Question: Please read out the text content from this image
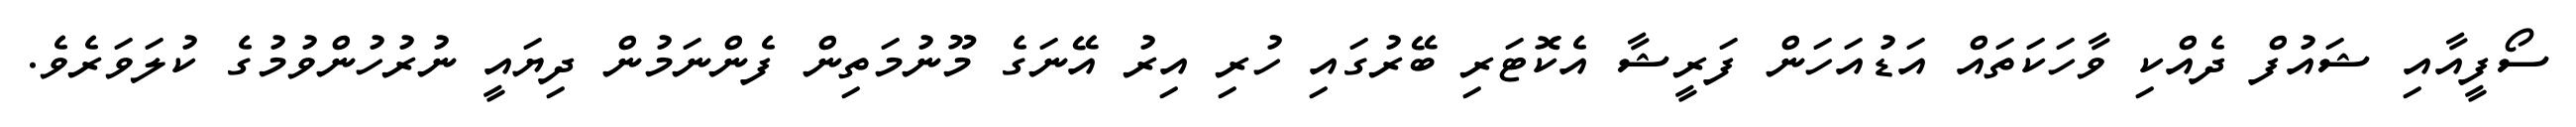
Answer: ސޯފީއާއި ޝައުފް ދެއްކި ވާހަކަތައް އަޑުއަހަން ފަރީޝާ އެކޮޓަރި ބޭރުގައި ހުރި އިރު އޭނަގެ މޫނުމަތިން ފެންނަމުން ދިޔައީ ނުރުހުންވުމުގެ ކުލަވަރެވެ.